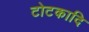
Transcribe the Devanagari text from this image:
टोटकादि